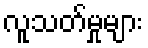
လူသတ်မှုများ